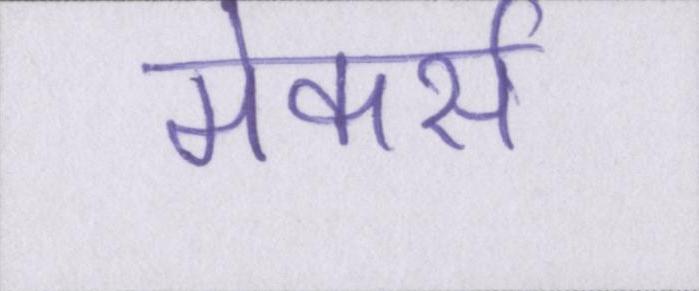
मेकर्स